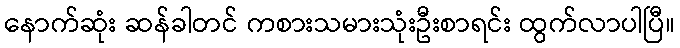
နောက်ဆုံး ဆန်ခါတင် ကစားသမားသုံးဦးစာရင်း ထွက်လာပါပြီ။